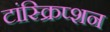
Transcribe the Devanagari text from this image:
टांस्क्रिप्शन